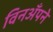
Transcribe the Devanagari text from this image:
विनअँपने